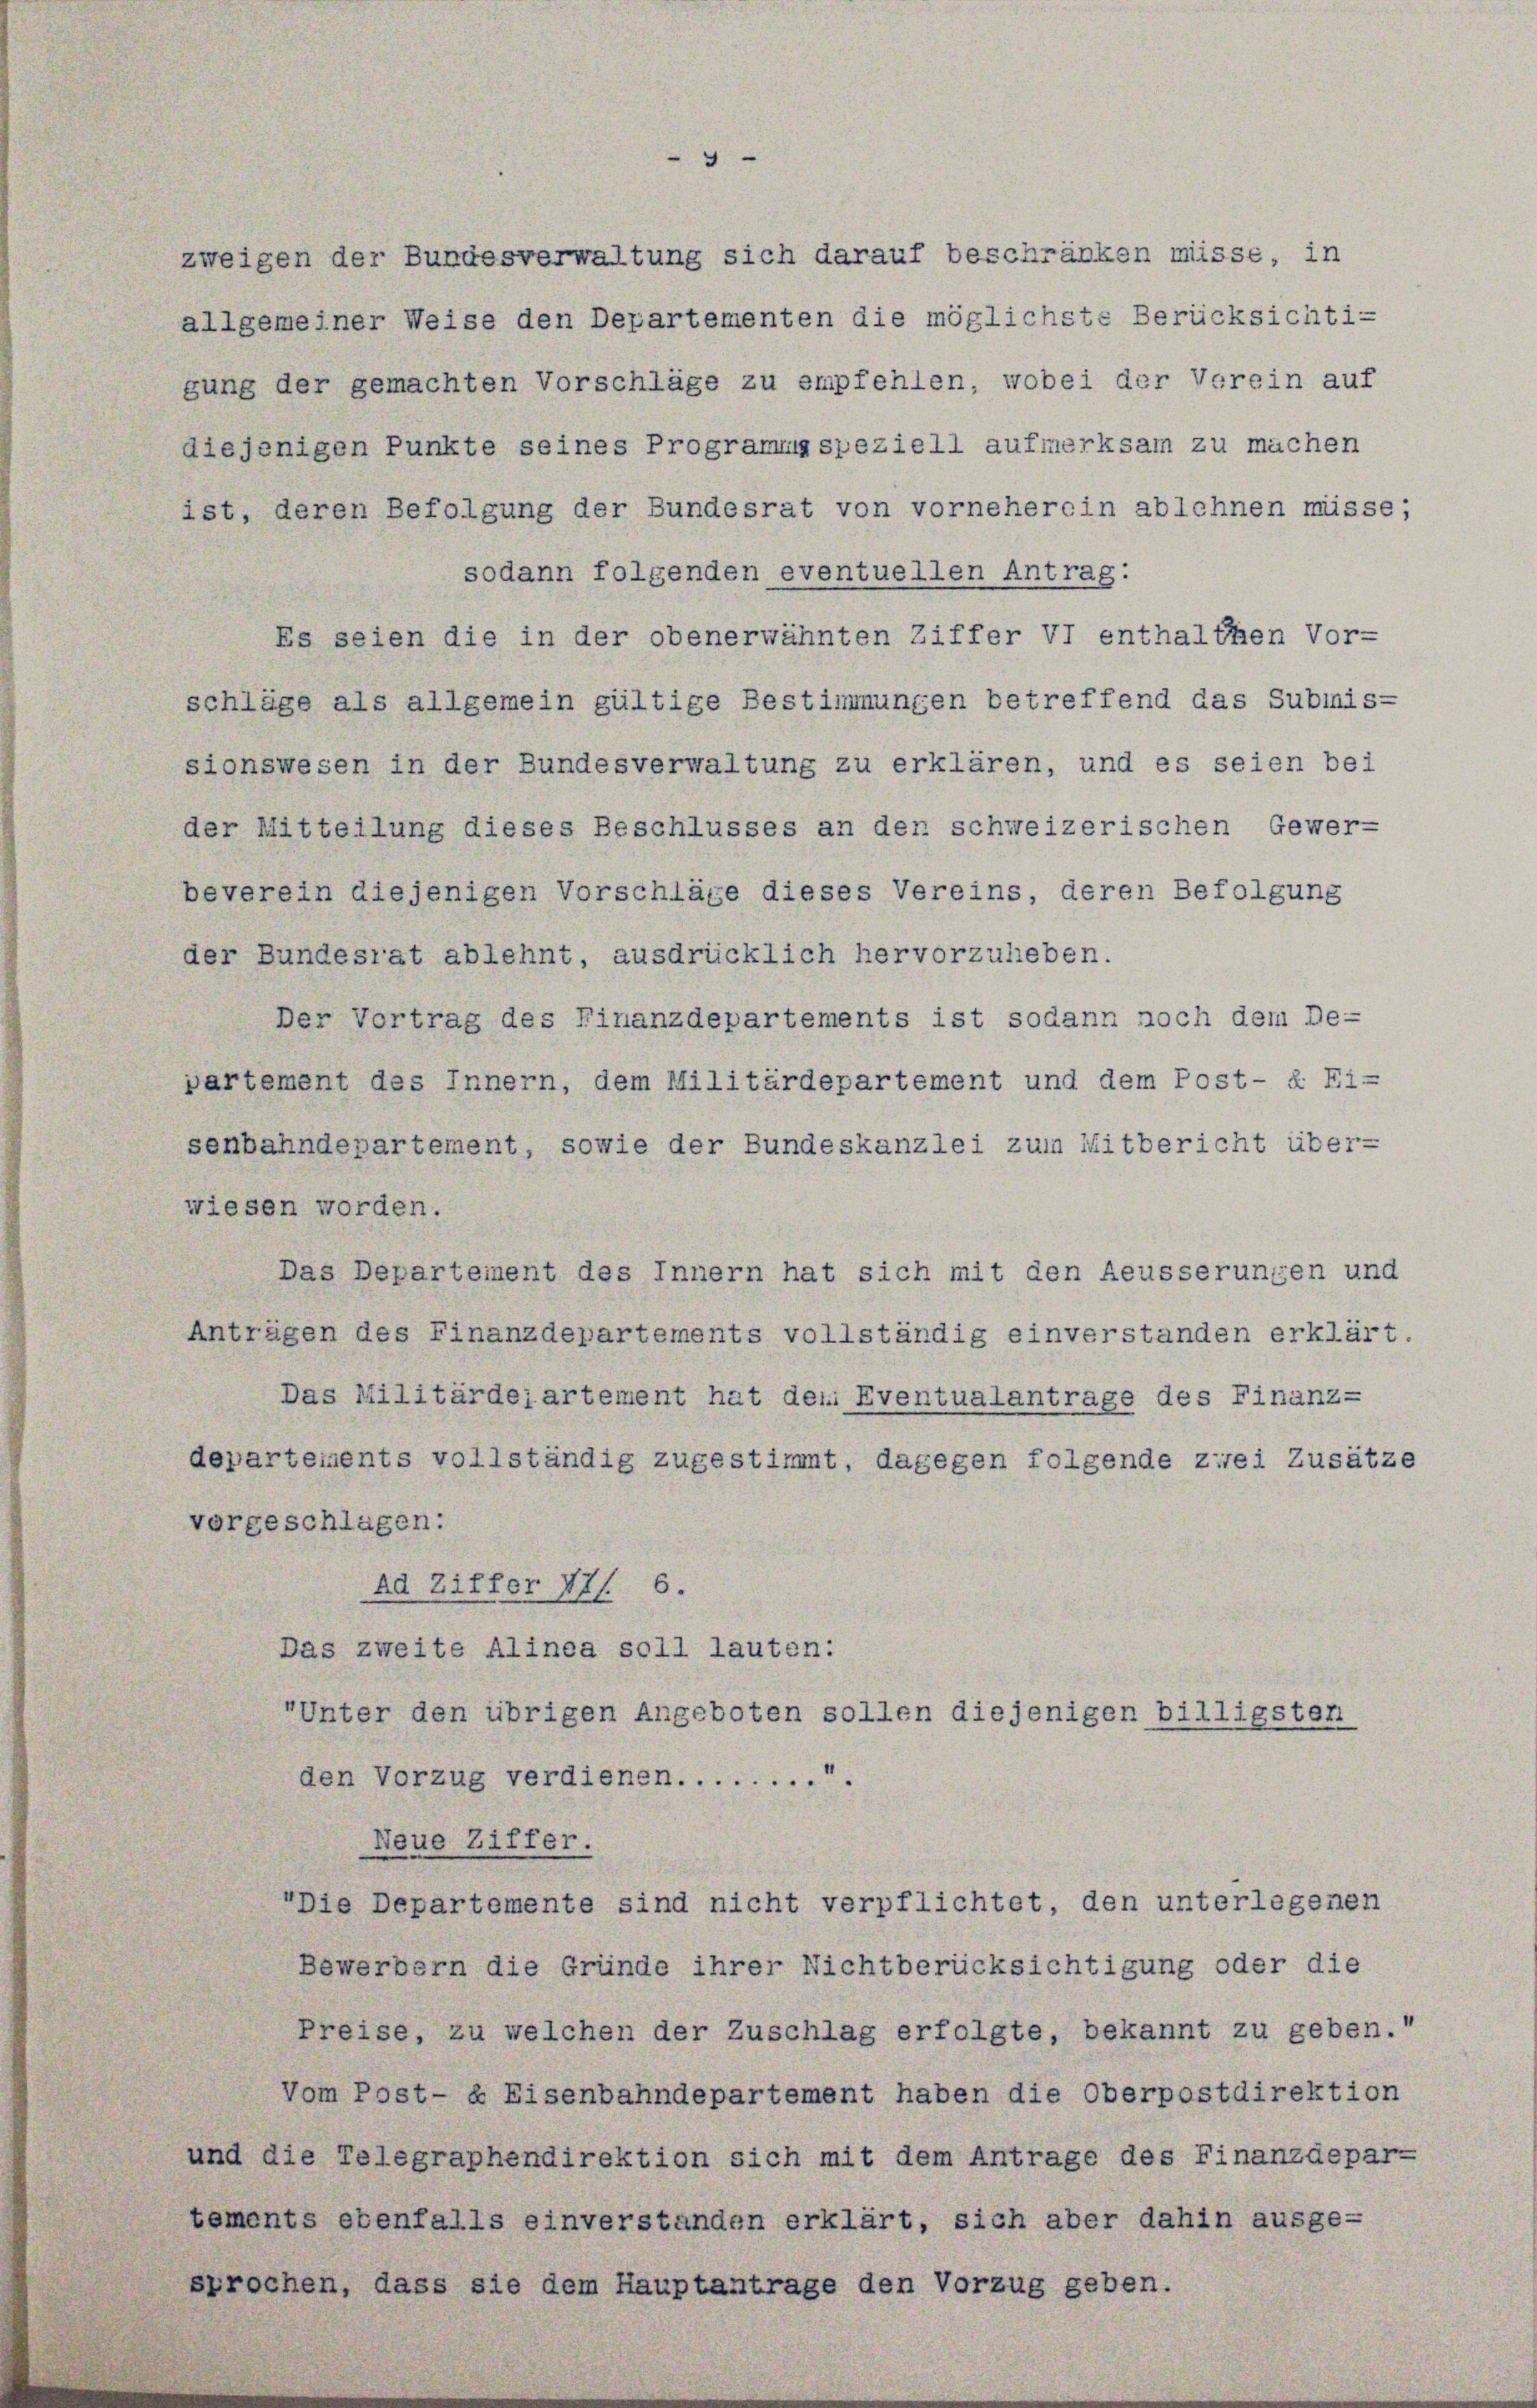
zweigen der Bundesverwaltung sich darauf beschränken müsse, in
allgemeiner Weise den Departementen die möglichste Berücksichti-
gung der gemachten Vorschläge zu empfehlen, wobei der Verein auf
diejenigen Punkte seines Programma speziell aufmerksam zu machen
ist, deren Befolgung der Bundesrat von vorneherein ablehnen müsse;
sodann folgenden eventuellen Antrag:
Es seien die in der obenerwähnten Ziffer VI enthalthen Vor-
schläge als allgemein gültige Bestimmungen betreffend das Submis-
sionswesen in der Bundesverwaltung zu erklären, und es seien bei
der Mitteilung dieses Beschlusses an den schweizerischen Gewerbeverein diejenigen Vorschläge dieses Vereins, deren Befolgung
der Bundesrat ablehnt, ausdrücklich hervorzulieben.
Der Vortrag des Finanzdepartements ist sodann noch dem De-
partement des Innern, dem Militärdepartement und dem Post- & Fi-
senbahndepartement, sowie der Bundeskanzlei zum Mitbericht über-
wiesen worden.
Das Departement des Innern hat sich mit den Aeusserungen und
Anträgen des Finanzdepartements vollständig einverstanden erklärt.
Das Militärdejartement hat den Eventualantrage des Finanz-
departements vollständig zugestimmt, dagegen folgende zwei Zusätz
vorgeschlagen:
Ad Ziffer 171. 6.
Das zweite Alinea soll lauten:
Unter den übrigen Angeboten sollen diejenigen billigsten
den Vorzug verdienen............
Neue Ziffer.
"Die Departemente sind nicht verpflichtet, den unterlegenen
Bewerbern die Gründe ihrer Nichtberücksichtigung oder die
Preise, zu welchen der Zuschlag erfolgte, bekannt zu geben.“
Vom Post- & Eisenbahndepartement haben die Oberpostdirektion
und die Telegraphendirektion sich mit dem Antrage des Finanzdepar-
tements ebenfalls einverstanden erklärt, sich aber dahin ausge-
sprochen, dass sie dem Hauptantrage den Vorzug geben.

e